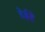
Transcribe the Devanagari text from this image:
हेईहे